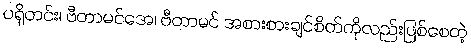
ပရိုတင်း၊ ဗီတာမင်အေ၊ ဗီတာမင် အစားစားချင်စိတ်ကိုလည်းဖြစ်စေတဲ့